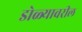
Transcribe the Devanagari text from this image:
डोळ्यावरील